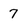
Character: 7